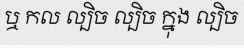
ឬ កល ល្បិច ល្បិច ក្នុង ល្បិច